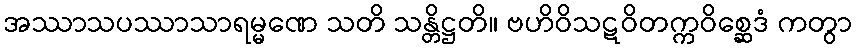
အဿာသပဿာသာရမ္မဏေ သတိ သန္တိဋ္ဌတိ။ ဗဟိဝိသဋဝိတက္ကဝိစ္ဆေဒံ ကတွာ